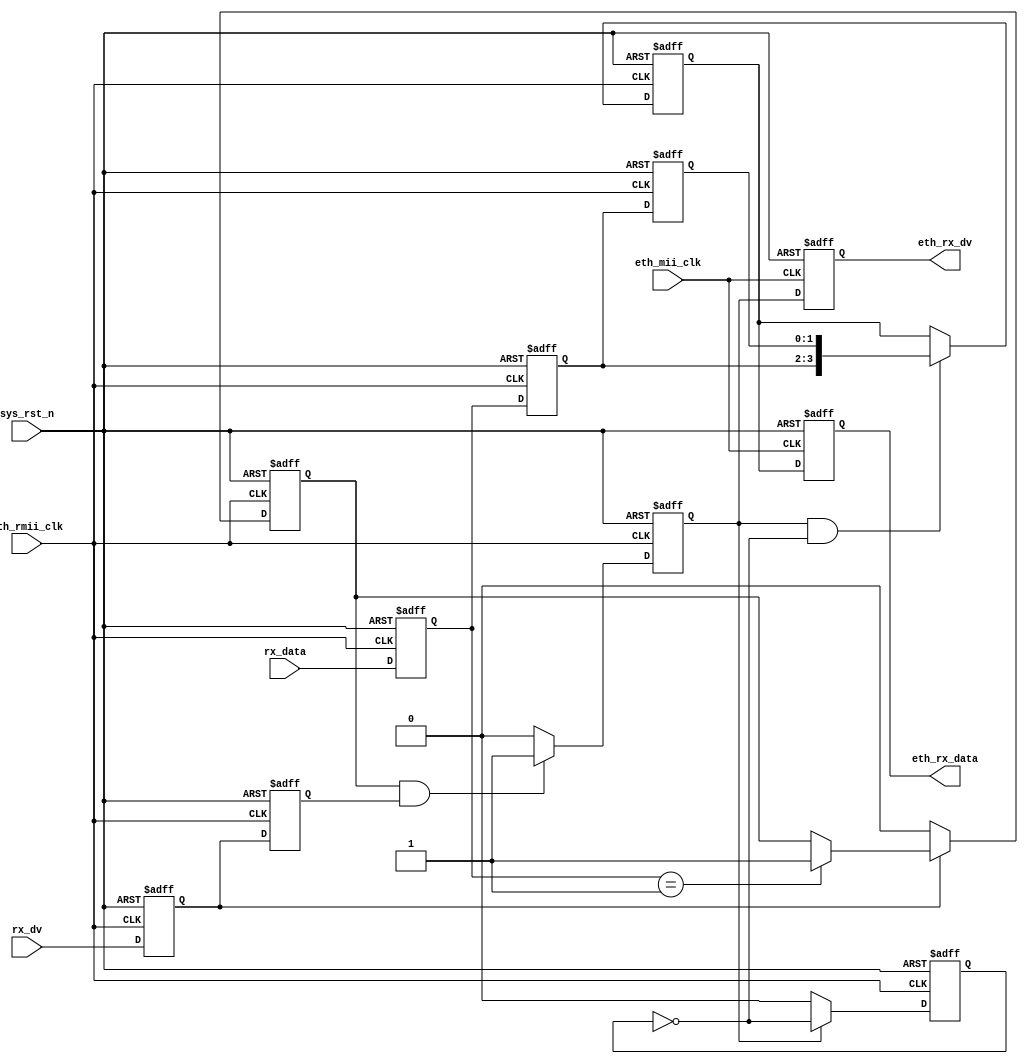
`timescale  1ns/1ns
////////////////////////////////////////////////////////////////////////
// Module Name   : rmii_to_mii
// Project Name  : eth_hdmi_pic
// Target Devices: Altera EP4CE10F17C8N
// Tool Versions : Quartus 13.0
// Description   : rmiimii
// 
// Revision      : V1.0
// Additional Comments:
// 
// : _Pro_FPGA
//     : http://www.embedfire.com
//     : http://www.firebbs.cn
//     : https://fire-stm32.taobao.com
////////////////////////////////////////////////////////////////////////

module  rmii_to_mii
(
    input   wire            eth_rmii_clk,   //rmii
    input   wire            eth_mii_clk ,   //mii
    input   wire            sys_rst_n   ,   //
    input   wire            rx_dv       ,   //(rmii)
    input   wire    [1:0]   rx_data     ,   //(rmii)

    output  reg             eth_rx_dv   ,   //(mii)
    output  reg     [3:0]   eth_rx_data     //(mii)
);

//********************************************************************//
//****************** Parameter and Internal Signal *******************//
//********************************************************************//
reg             rx_dv_reg       ;   //(rmii)
reg     [1:0]   rx_data_reg     ;   //(rmii)
reg             rx_dv_reg1      ;   //rx_dv_reg
reg             rx_dv_reg2      ;   //rx_dv_reg1
reg             rx_dv_ture      ;   //
reg     [1:0]   rx_data_reg1    ;   //rx_data_reg
reg     [1:0]   rx_data_ture    ;   //
reg             data_sw_en      ;   //
reg     [3:0]   data            ;   //

//********************************************************************//
//***************************** Main Code ****************************//
//********************************************************************//
//rx_dv:(rmii)
always@(negedge eth_rmii_clk or negedge sys_rst_n)
    if(sys_rst_n == 1'b0)
        rx_dv_reg   <=  1'b0;
    else
        rx_dv_reg   <=  rx_dv;

//rx_data_reg:(rmii)
always@(negedge eth_rmii_clk or negedge sys_rst_n)
    if(sys_rst_n == 1'b0)
        rx_data_reg <=  2'b0;
    else
        rx_data_reg <=  rx_data;

//rx_dv_reg1:rx_dv_reg
always@(negedge eth_rmii_clk or negedge sys_rst_n)
    if(sys_rst_n == 1'b0)
        rx_dv_reg1  <=  1'b0;
    else    if(rx_dv_reg == 1'b1)
        if(rx_data_reg == 2'b1)
            rx_dv_reg1  <=  1'b1;
        else
            rx_dv_reg1  <=  rx_dv_reg1;
    else
        rx_dv_reg1  <=  1'b0;

//rx_dv_reg2:rx_dv_reg1
always@(negedge eth_rmii_clk or negedge sys_rst_n)
    if(sys_rst_n == 1'b0)
        rx_dv_reg2  <=  1'b0;
    else
        rx_dv_reg2  <=  rx_dv_reg;

//rx_dv_ture:
always@(negedge eth_rmii_clk or negedge sys_rst_n)
    if(sys_rst_n == 1'b0)
        rx_dv_ture  <=  1'b0;
    else    if((rx_dv_reg1) && (rx_dv_reg2))
        rx_dv_ture  <=  1'b1;
    else
        rx_dv_ture  <=  1'b0;

//rx_data_reg1:rx_data_reg
always@(negedge eth_rmii_clk or negedge sys_rst_n)
    if(sys_rst_n == 1'b0)
        rx_data_reg1    <=  2'b0;
    else
        rx_data_reg1    <=  rx_data_reg;

//rx_data_ture:
always@(negedge eth_rmii_clk or negedge sys_rst_n)
    if(sys_rst_n == 1'b0)
        rx_data_ture    <=  2'b0;
    else
        rx_data_ture    <=  rx_data_reg1;

//data_sw_en:
always@(negedge eth_rmii_clk or negedge sys_rst_n)
    if(sys_rst_n == 1'b0)
        data_sw_en  <=  1'b0;
    else    if(rx_dv_ture == 1'b1)
        data_sw_en  <=  ~data_sw_en;
    else
        data_sw_en  <=  1'b0;

//data:
always@(posedge eth_rmii_clk or negedge sys_rst_n)
    if(sys_rst_n == 1'b0)
        data    <=  4'b0;
    else    if((rx_dv_ture == 1'b1) && (data_sw_en == 1'b0))
        data    <=  {rx_data_reg1,rx_data_ture};
    else
        data    <=  data;

//eth_rx_dv:(mii)
always@(negedge eth_mii_clk or negedge sys_rst_n)
    if(sys_rst_n == 1'b0)
        eth_rx_dv   <=  1'b0;
    else
        eth_rx_dv   <=  rx_dv_ture;

//eth_rx_data:(mii)
always@(negedge eth_mii_clk or negedge sys_rst_n)
    if(sys_rst_n == 1'b0)
        eth_rx_data <=  4'b0;
    else
        eth_rx_data <=  data;

endmodule